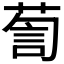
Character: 𮏹